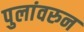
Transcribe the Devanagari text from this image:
पुलांवरुन